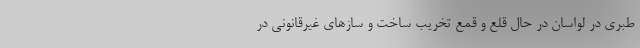
طبری در لواسان در حال قلع و قمع تخریب ساخت و ساز‌های غیرقانونی در